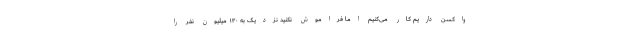
واکسن داریم کار می‌کنیم اما فراموش نکنید نزدیک به ۱۳۰ میلیون نفر را